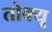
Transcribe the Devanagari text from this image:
तोक्यू